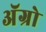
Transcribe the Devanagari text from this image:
अॅग्रो